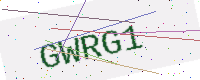
Text: GWRG1